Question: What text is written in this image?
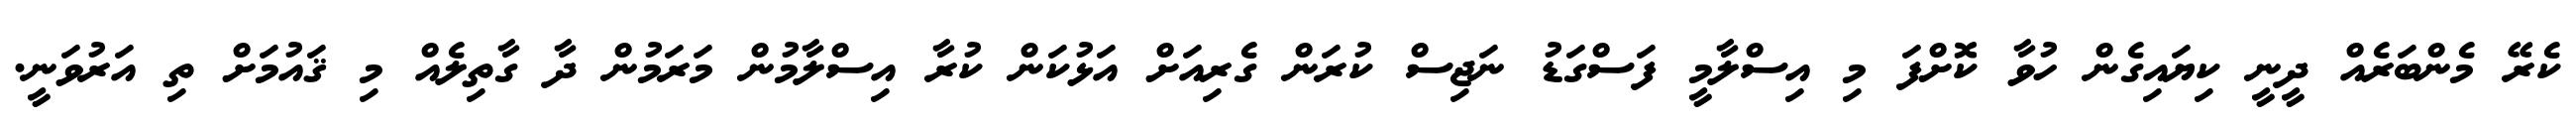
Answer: ކެރޭ މެންބަރެއް ދީނީ ކިޔައިގެން ހުވާ ކޮށްފަ މި އިސްލާމީ ފަސްގަޑު ނަޖިސް ކުރަން ގެރިއަށް އަޅުކަން ކުރާ އިސްލާމުން މަރަމުން ދާ ގާތިލެއް މި ޤައުމަށް ތި އަރުވަނީ.